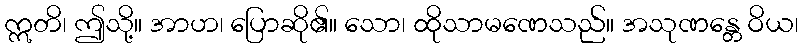
ဣတိ၊ ဤသို့။ အာဟ၊ ပြောဆို၏။ သော၊ ထိုသာမဏေသည်။ အသုဏန္တေ ဝိယ၊